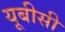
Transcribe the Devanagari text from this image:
यूबीसी